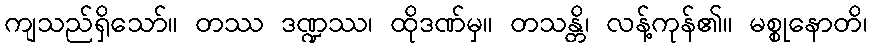
ကျသည်ရှိသော်။ တဿ ဒဏ္ဍဿ၊ ထိုဒဏ်မှ။ တသန္တိ၊ လန့်ကုန်၏။ မစ္စုနောတိ၊